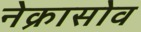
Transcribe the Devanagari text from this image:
नेक्रासोव